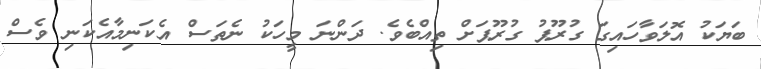
ބަޔަކު އޮލަވާހައިގަ ގުރޫޕު ގުރޫޕަށް ތިއްބެވެ. ދަންނަ މީހަކު ނެތަސް އެކަނިމާއެކަނި ވެސް